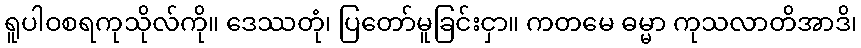
ရူပါဝစရကုသိုလ်ကို။ ဒေဿတုံ၊ ပြတော်မူခြင်းငှာ။ ကတမေ ဓမ္မာ ကုသလာတိအာဒိ၊